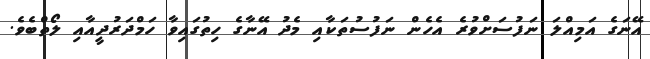
އޭނަގެ އަމިއްލަ ނަފުސަށްވުރެ އެހެން ނަފުސުތަކާއި މެދު އޭނާގެ ހިތުގައިވާ ހަމްދަރުދީއާއި ލޯތްބެވެ.